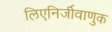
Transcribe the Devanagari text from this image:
लिएनिर्जीवाणुक